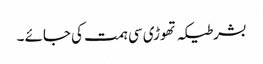
بشرطیکہ تھوڑی سی ہمت کی جائے ۔